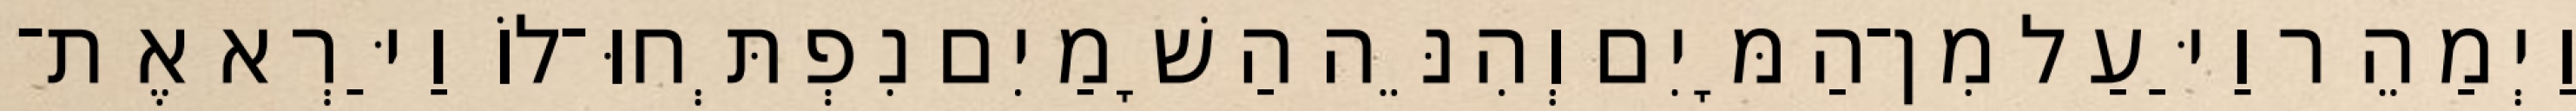
וַיְמַהֵר וַיַּעַל מִן־הַמָּיִם וְהִנֵּה הַשָׁמַיִם נִפְתְּחוּ־לוֹ וַיַּרְא אֶת־